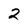
Character: 2